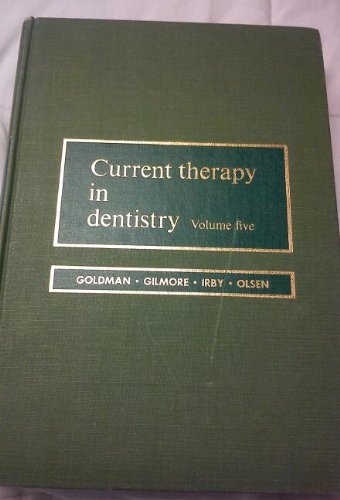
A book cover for Current Therapy in Dentistry: v. 5; Medical Books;